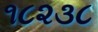
૧૮૨૩૮